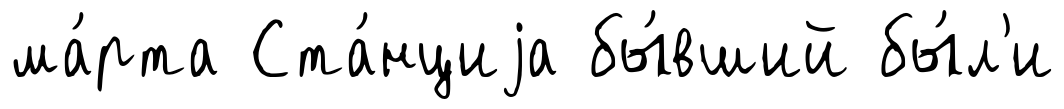
ма́рта Ста́нциjа бы́вший бы́л'и